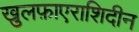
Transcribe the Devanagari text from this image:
खुलफ़ाएराशिदीन